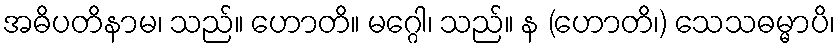
အဓိပတိနာမ၊ သည်။ ဟောတိ။ မဂ္ဂေါ၊ သည်။ န (ဟောတိ၊) သေသဓမ္မာပိ၊